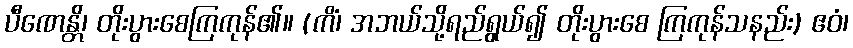
ပီဏေန္တိ၊ တိုးပွားစေကြကုန်၏။ (ကိံ၊ အဘယ်သို့ရည်ရွယ်၍ တိုးပွားစေ ကြကုန်သနည်း) ဧဝံ၊